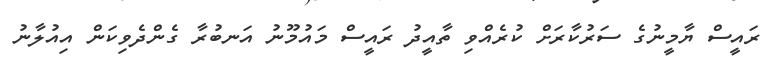
ރައީސް ޔާމީނުގެ ސަރުކާރަށް ކުރެއްވި ތާއީދު ރައީސް މައުމޫނު އަނބުރާ ގެންދެވިކަން އިއުލާނު